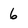
Character: 6